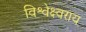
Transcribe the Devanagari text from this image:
विश्वेक्ष्वराय